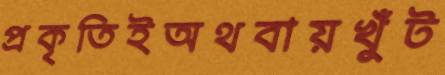
প্রকৃতিইঅথবায়খুঁট